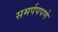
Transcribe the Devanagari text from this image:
समर्पपपणे